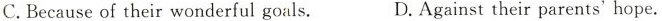
C.Because of their wonderful goals. D.Against their parents' hope.